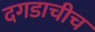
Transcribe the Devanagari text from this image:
दगडाचीच